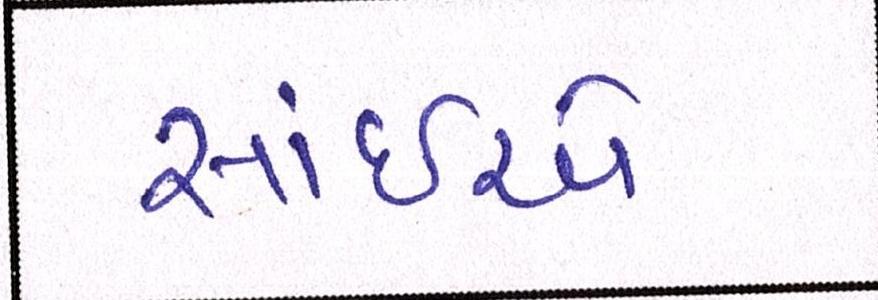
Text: સાંઈએ